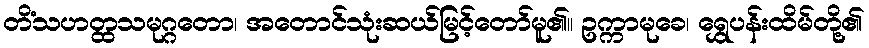
တိံသဟတ္ထသမုဂ္ဂတော၊ အတောင်သုံးဆယ်မြင့်တော်မူ၏။ ဥက္ကာမုခေ၊ ရွှေပန်းထိမ်တို့၏